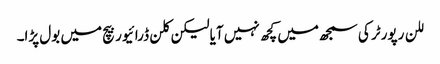
للن رپورٹر کی سمجھ میں کچھ نہیں آیا لیکن کلن ڈرائیور بیچ میں بول پڑا۔